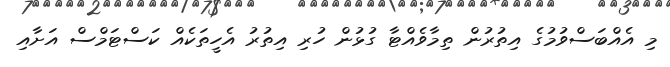
މި އެއްބަސްވުމުގެ އިތުރުން ތިމާވެއްޓާ ގުޅުން ހުރި އިތުރު އެހީތަކެއް ކަސްޓަމްސް އަށާއި